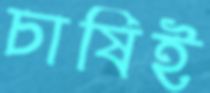
চাষিই